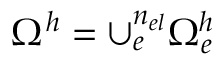
\Omega ^ { h } = \cup _ { e } ^ { n _ { e l } } \Omega _ { e } ^ { h }